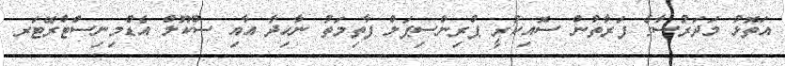
އަތޮޅު މަދަރުސާގެ ފަރާތުން ސޮއިކުރީ ޕްރިންސިޕަލް ފާތިމަތު ނާހިދާ އާއި ސްކޫލް އެޑްމިނިސްޓްރޭޓަރ